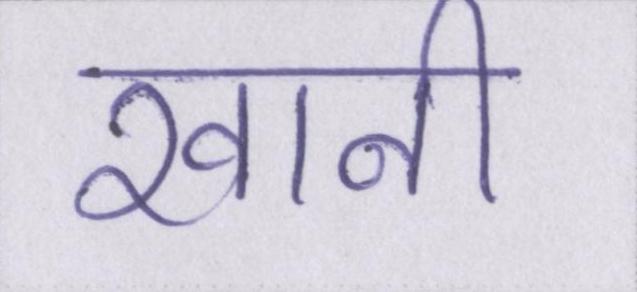
खानी